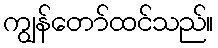
ကျွန်တော်ထင်သည်။